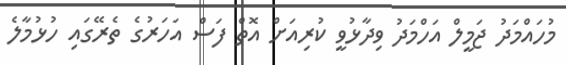
މުހައްމަދު ޖަމީލް އަހްމަދު ވިދާޅުވީ ކުރިއަށް އޮތް ފަސް އަހަރުގެ ތެރޭގައި ހުޅުމާލެ